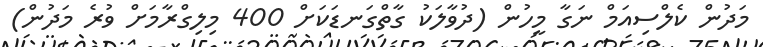
މަދުން ކެލްސިއަމް ނަގާ މީހުން (ދުވާލަކު ގާތްގަނޑަކަށް 400 މިލިގްރާމަށް ވުރެ މަދުން)